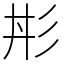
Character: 㣋